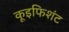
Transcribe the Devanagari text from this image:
कूइफिशंट